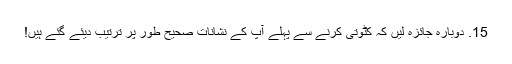
15. دوبارہ جائزہ لیں کہ کٹوتی کرنے سے پہلے آپ کے نشانات صحیح طور پر ترتیب دیئے گئے ہیں!